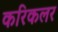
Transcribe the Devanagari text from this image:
करिकलर